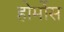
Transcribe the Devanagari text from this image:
होर्मोस